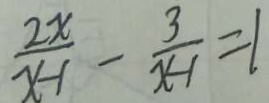
\frac { 2 x } { x - 1 } - \frac { 3 } { x - 1 } = 1